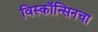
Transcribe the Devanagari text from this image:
विस्कॉन्सिनचा